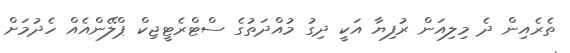
ތެރެއިން ދެ މިލިއަން ރުފިޔާ އަކީ ދިގު މުއްދަތުގެ ސްޓްރެޓީޖިކް ޕްލޭންއެއް ހެދުމަށް